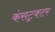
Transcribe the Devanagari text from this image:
कंसट्रक्टर